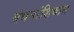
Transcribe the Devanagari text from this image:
बंधनांशिवाय